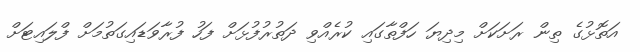
އަތޮޅުގެ ތިން ރަށަކަށް މިދިޔަ ހަފްތާގައި ކުރެއްވި ދަތުރުފުޅަށް ފަހު ފުރާވަޑައިގަތުމަށް ފްލައިޓަށް